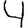
Digit: 4